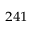
^ { 2 4 1 }